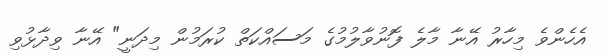
އެހެންވެ މިހާރު އޭނާ މާލެ ފޮނުވާލުމުގެ މަސައްކަތް ކުރަމުން މިދަނީ" އޭނާ ވިދާޅުވި